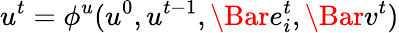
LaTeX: u^{t}=\phi^{u}(u^{0},u^{t-1},\Bar{e}_{i}^{t},\Bar{v}^{t})